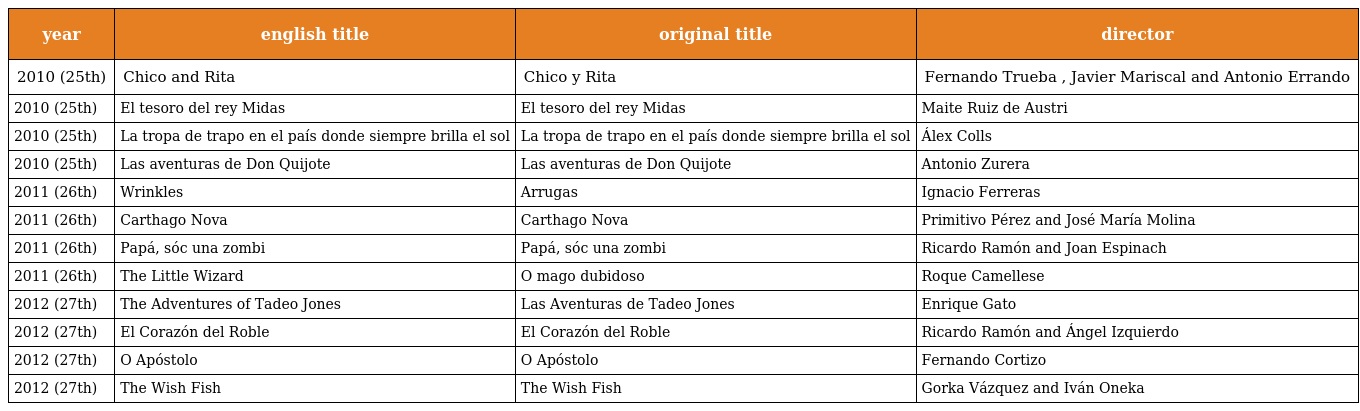
| year | english title | original title | director |
 | --- | --- | --- | --- |
 | 2010 (25th) | Chico and Rita | Chico y Rita | Fernando Trueba , Javier Mariscal and Antonio Errando |
 | 2010 (25th) | El tesoro del rey Midas | El tesoro del rey Midas | Maite Ruiz de Austri |
 | 2010 (25th) | La tropa de trapo en el país donde siempre brilla el sol | La tropa de trapo en el país donde siempre brilla el sol | Álex Colls |
 | 2010 (25th) | Las aventuras de Don Quijote | Las aventuras de Don Quijote | Antonio Zurera |
 | 2011 (26th) | Wrinkles | Arrugas | Ignacio Ferreras |
 | 2011 (26th) | Carthago Nova | Carthago Nova | Primitivo Pérez and José María Molina |
 | 2011 (26th) | Papá, sóc una zombi | Papá, sóc una zombi | Ricardo Ramón and Joan Espinach |
 | 2011 (26th) | The Little Wizard | O mago dubidoso | Roque Camellese |
 | 2012 (27th) | The Adventures of Tadeo Jones | Las Aventuras de Tadeo Jones | Enrique Gato |
 | 2012 (27th) | El Corazón del Roble | El Corazón del Roble | Ricardo Ramón and Ángel Izquierdo |
 | 2012 (27th) | O Apóstolo | O Apóstolo | Fernando Cortizo |
 | 2012 (27th) | The Wish Fish | The Wish Fish | Gorka Vázquez and Iván Oneka |